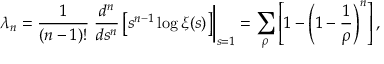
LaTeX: \lambda _ { n } = { \frac { 1 } { ( n - 1 ) ! } } \left. { \frac { d ^ { n } } { d s ^ { n } } } \left[ s ^ { n - 1 } \log \xi ( s ) \right] \right| _ { s = 1 } = \sum _ { \rho } \left[ 1 - \left( 1 - { \frac { 1 } { \rho } } \right) ^ { n } \right] ,